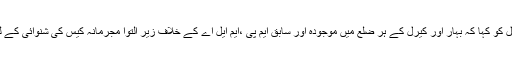
نئی دہلی: سپریم کورٹ نے منگل کو کہا کہ بہار اور کیرل کے ہر ضلع میں موجودہ اور سابق ایم پی ،ایم ایل اے کے خلاف زیر التوا مجرمانہ کیس کی شنوائی کے لیے اسپیشل کورٹ بنائے جائیں۔